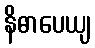
နိဓာပေယျ